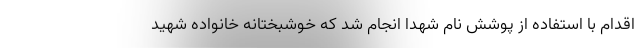
اقدام با استفاده از پوشش نام شهدا انجام شد که خوشبختانه خانواده شهید